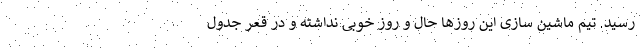
رسید. تیم ماشین سازی این روزها حال و روز خوبی نداشته و در قعر جدول